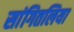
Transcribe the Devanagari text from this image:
सांगितलिया